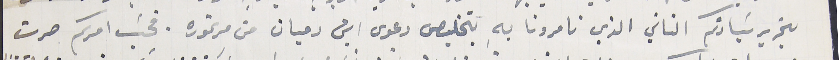
بتحرير سَيادتكم الثاني الذي تامرونا بهِ بتخليص دعوى ابن دميان من مرتموره. فحسَب امركم صرت